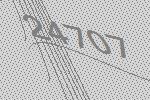
24707